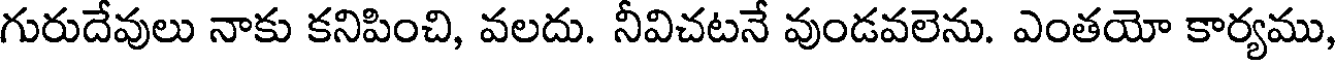
గురుదేవులు నాకు కనిపించి, వలదు. నీవిచటనే వుండవలెను. ఎంతయో కార్యము,